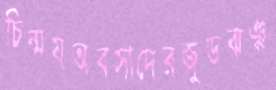
চিন্ময়অবসাদেরজুডঝঞ্ঝ